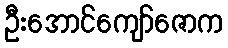
ဦးအောင်ကျော်ဇောက